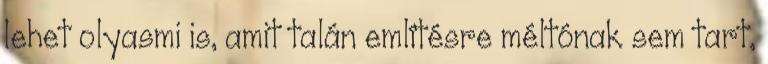
lehet olyasmi is, amit talán említésre méltónak sem tart,